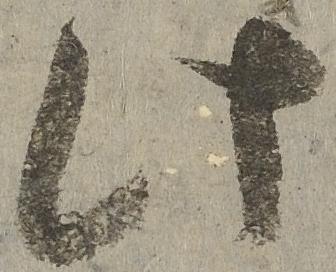
此